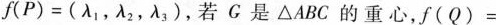
f(P)=(λλ2，λ3)，若G是△ABC的重心，f(Q)=